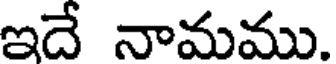
ఇదే నామము.